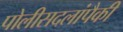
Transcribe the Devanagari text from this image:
पोलीसदलांपैकी